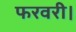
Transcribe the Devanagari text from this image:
फरवरी।